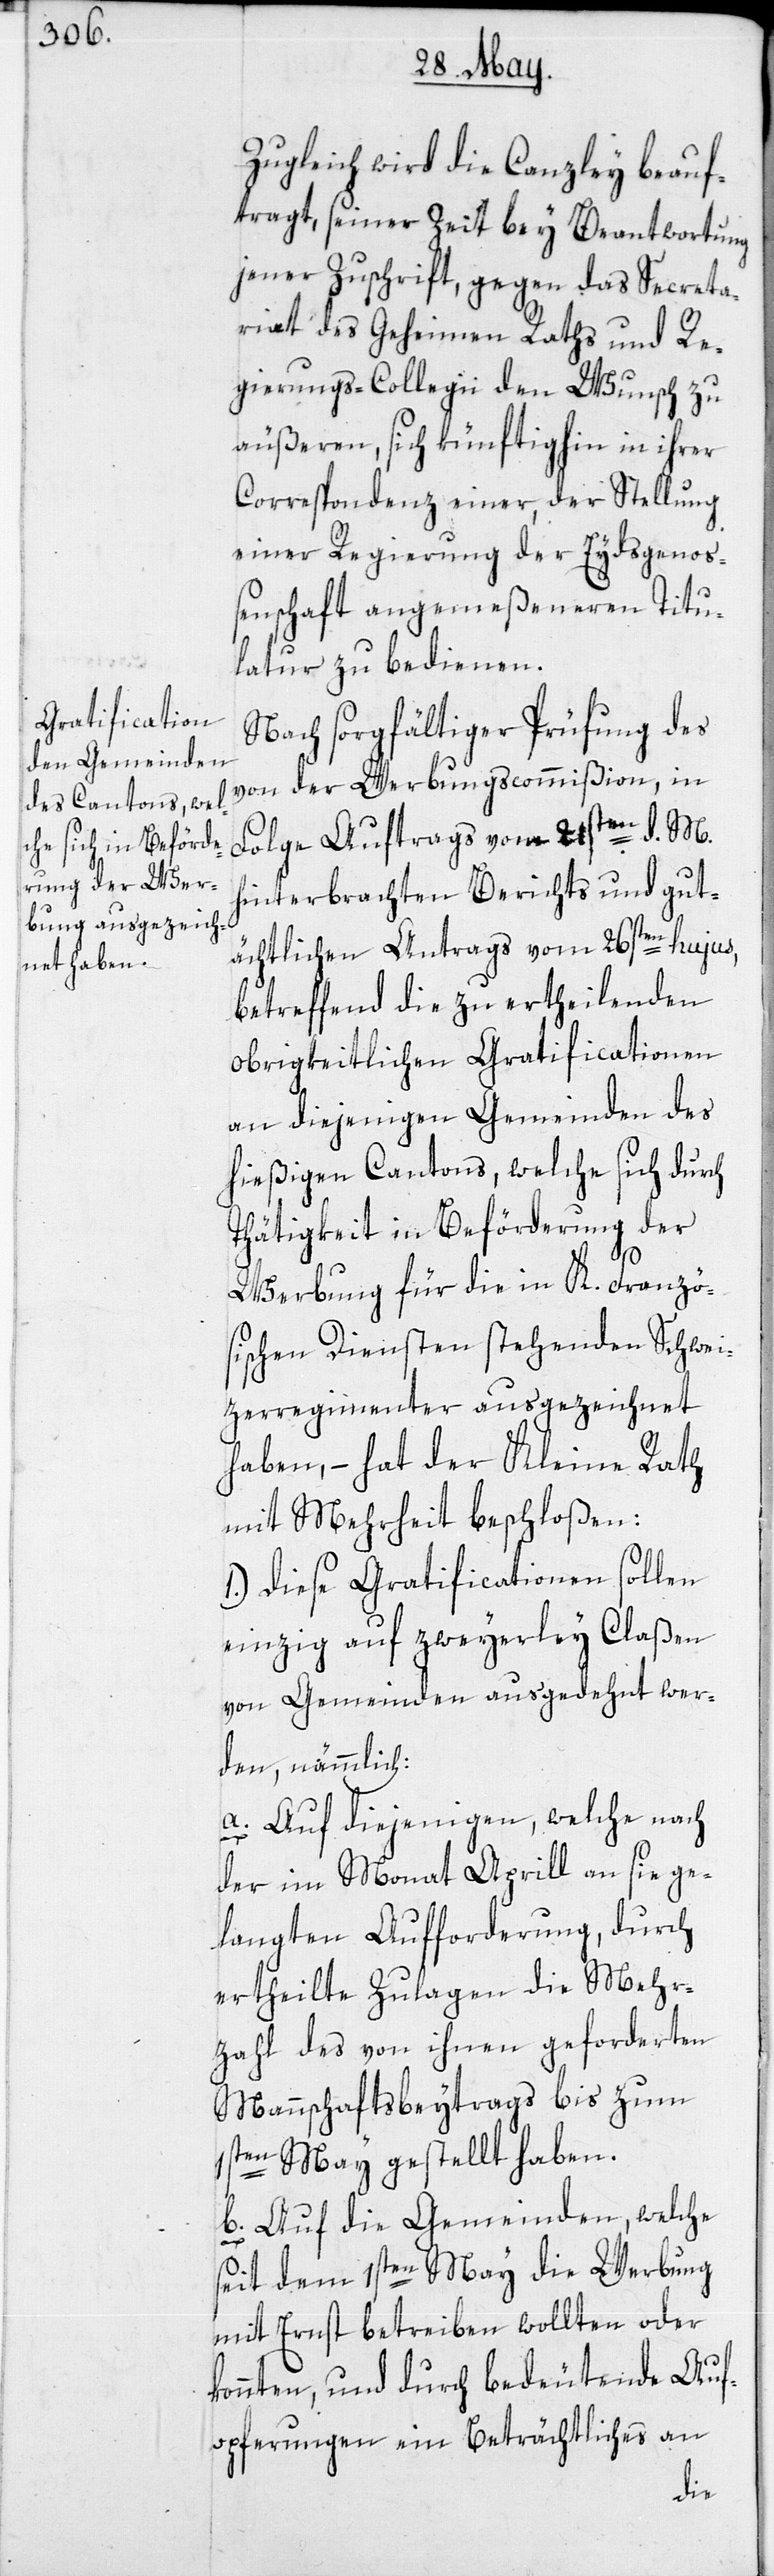
Zugleich wird die Canzley beauf¬
tragt, seiner Zeit bey Beantwortung
jener Zuschrift, gegen das Secreta¬
riat des Geheimen Raths und Re¬
gierungs-Collegii den Wunsch zu
äußeren, sich künftighin in ihrer
Correspondenz einer, der Stellung
einer Regierung der Eydsgenos¬
senschaft angemeßenen Titu¬
latur zu bedienen.
Nach sorgfältiger Prüfung des
von der Werbungscommißion, in
Folge Auftrags vom 21sten d. M.
hinterbrachten Berichts und gut¬
ächtlichen Antrags vom 26sten hujus,
betreffend die zu ertheilenden
obrigkeitlichen Gratificationen
an diejenigen Gemeinden des
hießigen Cantons, welche sich durch
Thätigkeit in Beförderung der
Werbung für die in K. Franzö¬
sischen Diensten stehenden Schwei¬
tzer-Regimenter ausgezeichnet
haben, – hat der Kleine Rath
mit Mehrheit beschloßen:
1.) Diese Gratificationen sollen
einzig auf zweyerley Claßen
von Gemeinden ausgedehnt wer¬
den, nämmlich
a. Auf diejenigen, welche nach
der im Monat Aprill an sie ge¬
langten Aufforderung, durch
ertheilte Zulagen die Mehr¬
zahl des von ihnen geforderten
Mannschaftsbeytrags bis zum
1sten May gestellt haben.
b. Auf die Gemeinden, welche
seit dem 1sten May die Werbung
mit Ernst betreiben wollten oder
konnten, und durch bedeutende Auf¬
opferungen ein Beträchtliches an